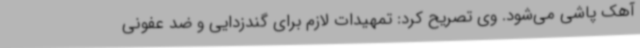
آهک پاشی می‌شود. وی تصریح کرد: تمهیدات لازم برای گندزدایی و ضد عفونی